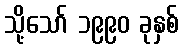
သို့သော် ၁၉၉၀ ခုနှစ်